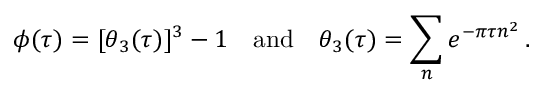
\phi ( \tau ) = [ \theta _ { 3 } ( \tau ) ] ^ { 3 } - 1 \quad \mathrm { a n d } \quad \theta _ { 3 } ( \tau ) = \sum _ { n } e ^ { - \pi \tau n ^ { 2 } } \, .